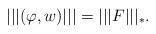
LaTeX: \begin{align*} \lvert\lvert\lvert (\varphi,w) \rvert\rvert\rvert = \lvert\lvert\lvert F \rvert\rvert\rvert_*.\end{align*}